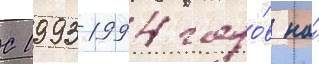
С 1993-1994 годо́в на́